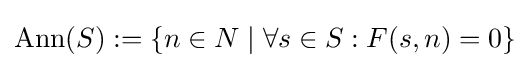
\operatorname {Ann} (S):=\{n\in N\mid \forall s\in S:F(s,n)=0\}